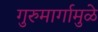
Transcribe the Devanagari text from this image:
गुरुमार्गामुळे